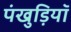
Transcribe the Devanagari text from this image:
पंखुड़ियॉ